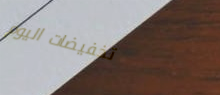
تخفيضات اليوم